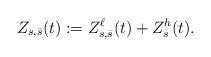
LaTeX: \begin{align*} Z_{s,\bar{s}}(t) := Z_{s,\bar{s}}^\ell(t) + Z_s^h(t).\end{align*}